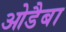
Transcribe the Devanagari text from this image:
ओडैबा